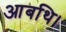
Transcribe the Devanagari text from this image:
आबथि।